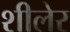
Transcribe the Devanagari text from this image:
शीलेर